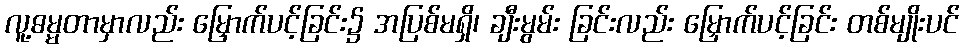
လူ့ဓမ္မတာမှာလည်း မြှောက်ပင့်ခြင်း၌ အပြစ်မရှိ၊ ချီးမွမ်း ခြင်းလည်း မြှောက်ပင့်ခြင်း တစ်မျိုးပင်